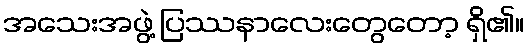
အသေးအဖွဲ့ ပြဿနာလေးတွေတော့ ရှိ၏။